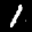
Label: 1